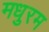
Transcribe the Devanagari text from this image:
मधुरम